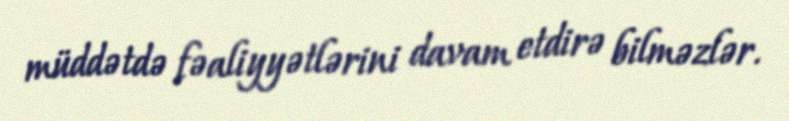
müddətdə fəaliyyətlərini davam etdirə bilməzlər.